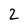
Character: 2